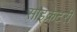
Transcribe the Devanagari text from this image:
साइक्रेटरी